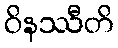
ဝိနဿီတိ